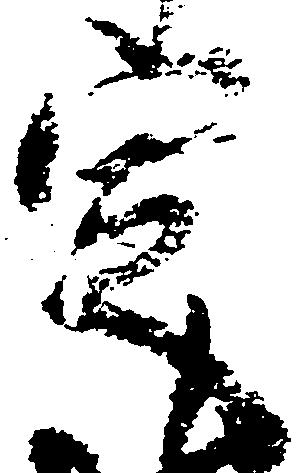
定